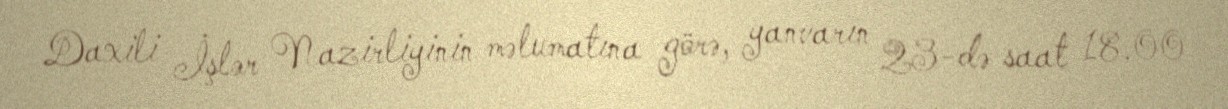
Daxili İşlər Nazirliyinin məlumatına görə, yanvarın 23-də saat 18.00